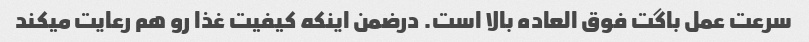
سرعت عمل باگت فوق العاده بالا است. درضمن اینکه کیفیت غذا رو هم رعایت میکند